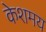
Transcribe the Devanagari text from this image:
केशमय